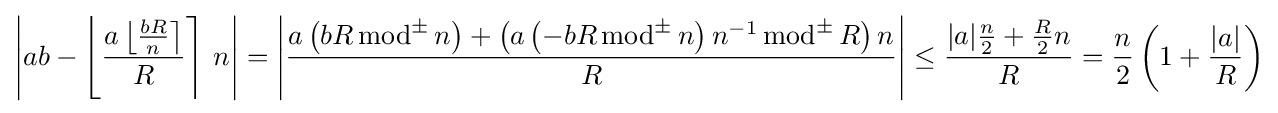
\left|ab-\left\lfloor {\frac {a\left\lfloor {\frac {bR}{n}}\right\rceil }{R}}\right\rceil \,n\right|=\left|{\frac {a\left(bR\,{\text{mod}}^{\pm }\,n\right)+\left(a\left(-bR\,{\text{mod}}^{\pm }\,n\right)n^{-1}\,{\text{mod}}^{\pm }\,R\right)n}{R}}\right|\leq {\frac {|a|{\frac {n}{2}}+{\frac {R}{2}}n}{R}}={\frac {n}{2}}\left(1+{\frac {|a|}{R}}\right)